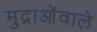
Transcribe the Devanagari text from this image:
मुद्राओंवाले